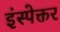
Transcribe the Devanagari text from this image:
इंस्पेक्तर